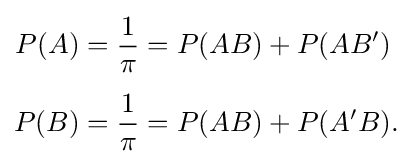
{\begin{aligned}P(A)&={\frac {1}{\pi }}=P(AB)+P(AB')\\[4px]P(B)&={\frac {1}{\pi }}=P(AB)+P(A'B).\end{aligned}}